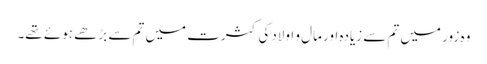
وہ زور میں تم سے زیادہ اور مال و اولادکی کثرت میں تم سے بڑھے ہوئے تھے۔